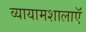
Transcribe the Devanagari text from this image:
व्यायामशालाऍ